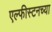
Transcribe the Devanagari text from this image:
एल्फीस्टनच्या